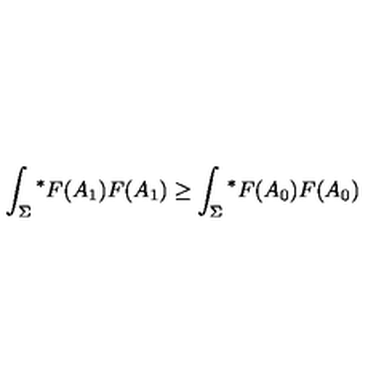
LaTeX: \int _ { \Sigma } { ^ \ast } F ( A _ { 1 } ) F ( A _ { 1 } ) \geq \int _ { \Sigma } { ^ \ast } F ( A _ { 0 } ) F ( A _ { 0 } )